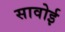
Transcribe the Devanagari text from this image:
सावोई